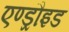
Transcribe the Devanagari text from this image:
एण्ड्रौइड